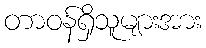
တာဝန်ရှိသူများအား